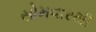
સોમવારથી